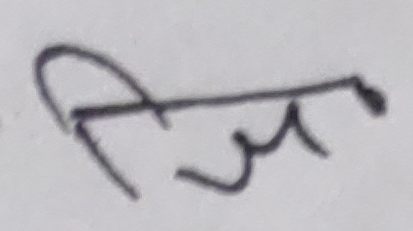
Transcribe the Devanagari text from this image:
चि